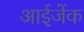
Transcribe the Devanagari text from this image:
आईजेंक